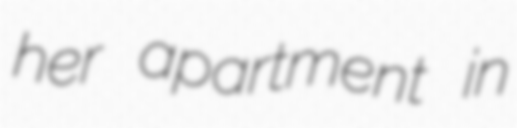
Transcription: her apartment in